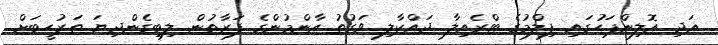
އަދި އޮލިންޕަހުގައި ފިލްމުގެ ޓްރެއިލާ ދައްކާލި ވަގުތު އާންމުންގެ ފަރާތުން ލިބިގެންދިޔަ ތަރުހީބަށް